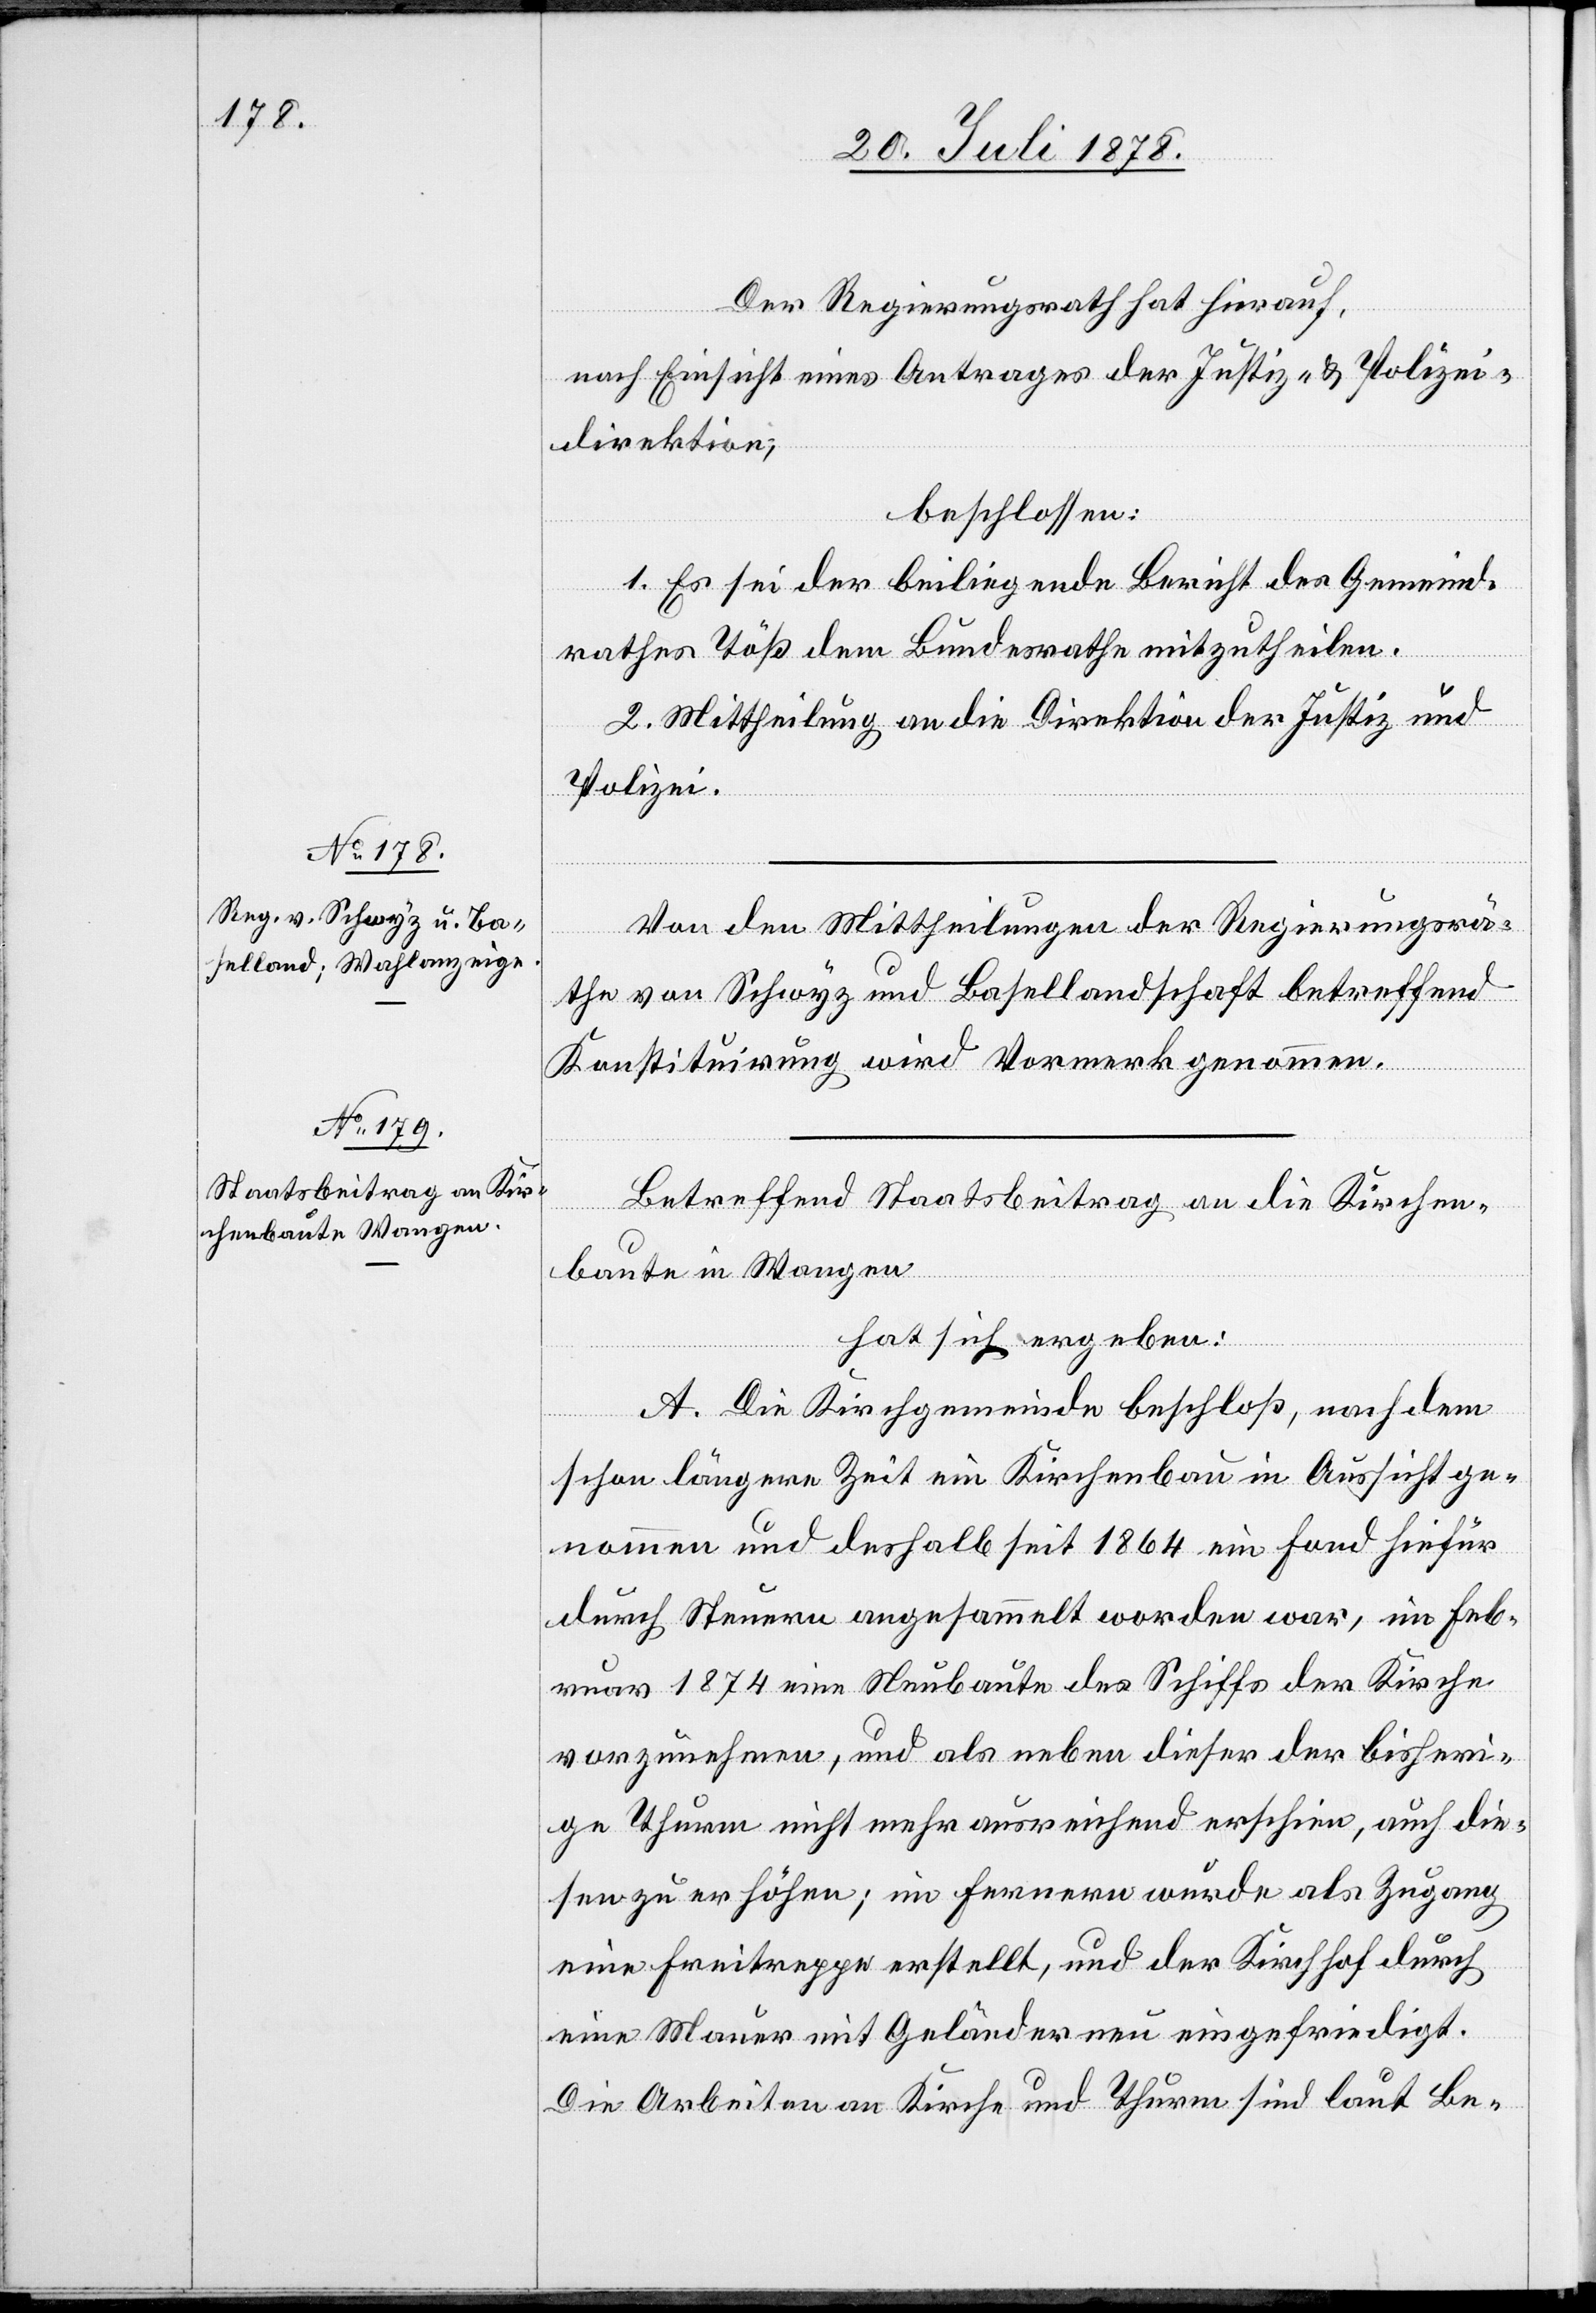
Der Regierungsrath hat hierauf,
nach Einsicht eines Antrages der Justiz- & Polizei¬
direktion,
beschlossen:
1. Es sei der beiliegende Bericht des Gemeind¬
rathes Töß dem Bundesrathe mitzutheilen.
2. Mittheilung an die Direktion der Justiz und
Polizei.
Von den Mittheilungen der Regierungsrä¬
the von Schwyz und Basellandschaft betreffend
Konstituirung wird Vormerk genommen.
Betreffend Staatsbeitrag an die Kirchen¬
baute in Wangen
hat sich ergeben:
A. Die Kirchgemeinde beschloß, nachdem
schon längere Zeit ein Kirchenbau in Aussicht ge¬
nommen und deshalb seit 1864 ein Fond hiefür
durch Steuern angesammelt worden war, im Feb¬
ruar 1874 eine Neubaute des Schiffs der Kirche
vorzunehmen, und als neben dieser der bisheri¬
ge Thurm nicht mehr ausreichend erschien, auch die¬
sen zu erhöhen; im Fernern wurde als Zugang
eine Freitreppe erstellt, und der Kirchhof durch
eine Mauer mit Geländer neu eingefriedigt.
Die Arbeiten an Kirche und Thurm sind laut Be-